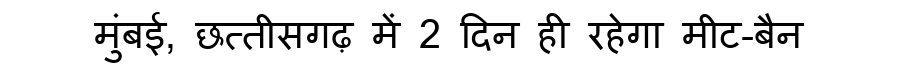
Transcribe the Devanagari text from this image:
मुंबई, छत्तीसगढ़ में 2 दिन ही रहेगा मीट-बैन